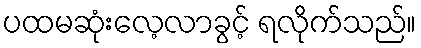
ပထမဆုံးလေ့လာခွင့် ရလိုက်သည်။